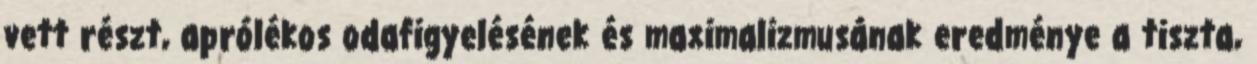
vett részt, aprólékos odafigyelésének és maximalizmusának eredménye a tiszta,